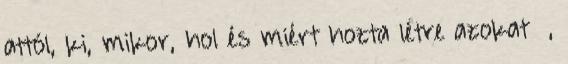
attól, ki, mikor, hol és miért hozta létre azokat ,